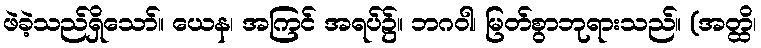
ဖဲခဲ့သည်ရှိသော်။ ယေန၊ အကြင် အရပ်၌။ ဘဂဝါ၊ မြတ်စွာဘုရားသည်။ (အတ္ထိ၊